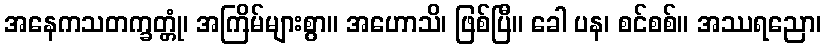
အနေကသတက္ခတ္တုံ၊ အကြိမ်များစွာ။ အဟောသိ၊ ဖြစ်ပြီ။ ခေါ ပန၊ စင်စစ်။ အဿရညော၊